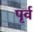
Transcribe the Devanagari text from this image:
पृर्व